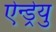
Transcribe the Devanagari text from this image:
ऐन्ड्रेयु